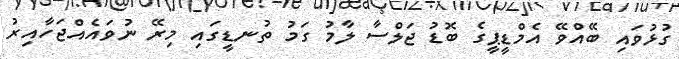
ގުޅުވައި ބޭއްވޭ އެމްޑީޕީގެ ބޮޑު ޖަލްސާ ލާމު ގަމު ތުނޑީގައި މިރޭ ނުވައެއްޖަހާއިރު